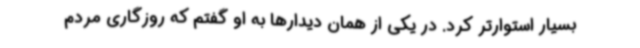
بسیار استوارتر کرد. در یکی از همان دیدارها به او گفتم که روزگاری مردم